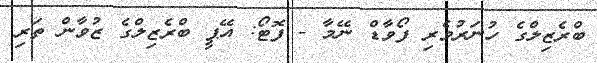
ބްރެޒިލްގެ ހުނަރުވެރި ފޯވާޑް ނޭމާ - ފޮޓޯ: އޭޕީ ބްރެޒިލްގެ ޒުވާން ތަރި